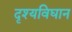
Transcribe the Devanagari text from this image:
दृश्यविघान